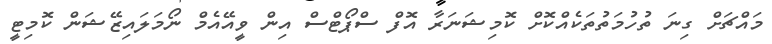
މައްޗަށް ގިނަ ތުހުމަތުތަކެއްކޮށް ކޮމިޝަނަރާ އޮފް ސްޕޯޓްސް އިން ވީއޭއެމް ނޯމަލައިޒޭޝަން ކޮމިޓީ